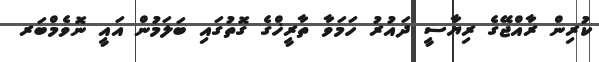
ކުރިން ރާއްޖޭގެ ރިޔާސީ ދައުރު ހަމަވާ ތާރީޚްގެ ގޮތުގައި ބަލަމުން އައީ ނޮވެމްބަރ